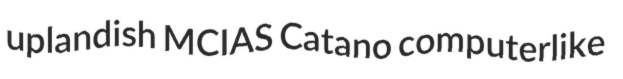
uplandish MCIAS Catano computerlike